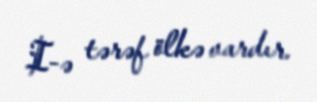
I-ə tərəf ölkə vardır.